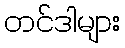
တင်ဒါများ